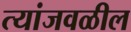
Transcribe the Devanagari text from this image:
त्यांजवळील